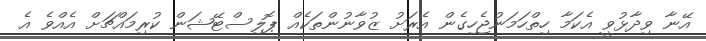
އޭނާ ވިދާޅުވީ އެކަމާ ހިތްހަމަނުޖެހިގެން އެރަށު ޒުވާނުންތަކެއް ޕޮލިސްޓޭޝަން ކުރިމައްޗަށް އެއްވެ އެ